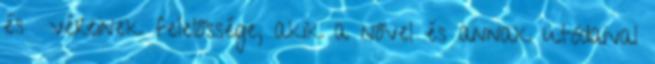
és ﬁvéreinek felelőssége, akik a nővel és annak utódaival